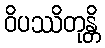
ဝိပဿိတုန္တိ